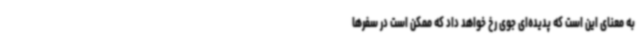
به معنای این است که پدیده‌ای جوی رخ خواهد داد که ممکن است در سفرها